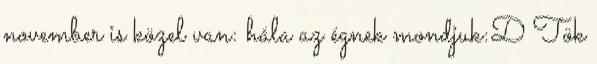
november is közel van: hála az égnek mondjuk:D Tök